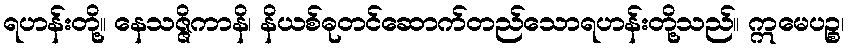
ရဟန်းတို့။ နေသဇ္ဇိကာနိ၊ နိယစ်ဓုတင်ဆောက်တည်သောရဟန်းတို့သည်။ ဣမေပဉ္စ၊